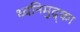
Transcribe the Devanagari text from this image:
ध्वनिमुद्र्का